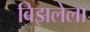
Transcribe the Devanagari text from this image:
विझलेला